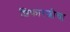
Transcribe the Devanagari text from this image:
शिफारशीचा